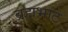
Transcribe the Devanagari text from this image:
ब्रह्मभाट